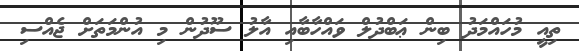
ތިއީ މުހައްމަދު ބިން ޢަބްދުލް ވައްހާބާއި އާލު ސޫދުން މި އުންމަތަށް ޖެއްސި